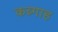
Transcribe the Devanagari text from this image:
कब्र्गाह